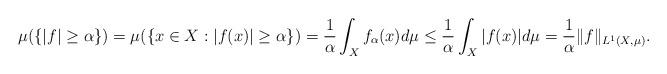
LaTeX: \begin{align*} \mu(\{|f|\geq\alpha\})=\mu(\{x\in X:|f(x)|\geq\alpha\})=\frac{1}{\alpha}\int_Xf_\alpha(x)d\mu\leq\frac{1}{\alpha}\int_X|f(x)|d\mu=\frac{1}{\alpha}\|f\|_{L^1(X,\mu)}.\end{align*}